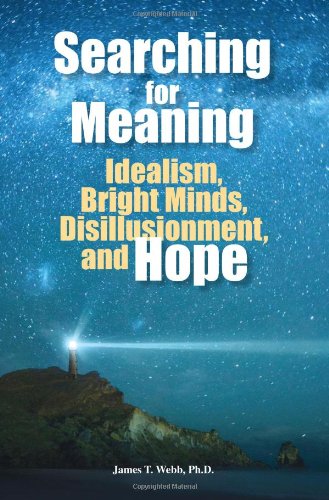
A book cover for Searching for Meaning: Idealism, Bright Minds, Disillusionment, and Hope; James T. Webb; Health, Fitness & Dieting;